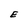
Character: E